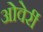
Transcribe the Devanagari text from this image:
ओवेर्री